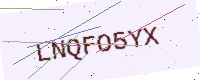
Text: LNQFO5YX